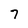
Character: 7